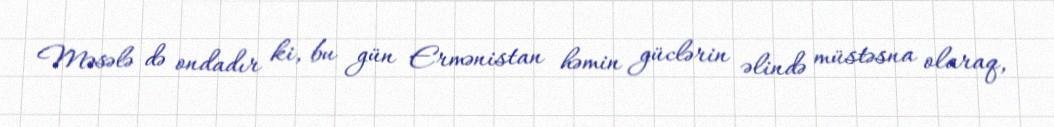
Məsələ də ondadır ki, bu gün Ermənistan həmin güclərin əlində müstəsna olaraq,